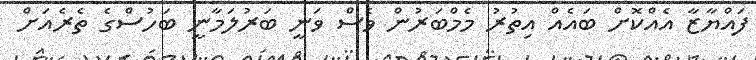
ފައްޔާޒާ އެއްކޮށް ބައެއް އިތުރު މެމްބަރުން ވެސް ވަނީ ބަރުލަމާނީ ބަހުސްގެ ތެރެއަށް